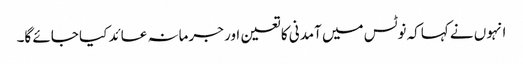
انہوں نے کہاکہ نوٹس میں آمدنی کا تعین اور جرمانہ عائد کیا جائے گا۔